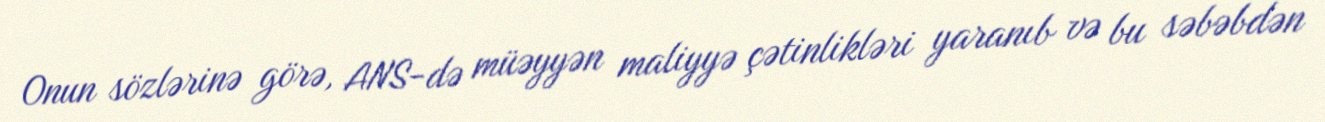
Onun sözlərinə görə, ANS-də müəyyən maliyyə çətinlikləri yaranıb və bu səbəbdən